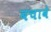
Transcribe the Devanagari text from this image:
बचावे